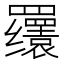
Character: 𬙫